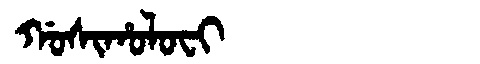
Manchu: ᡤᠣᠰᡳᡥᠣᠯᠣᠸᡳ
Romanization: GOSIHOLOFI